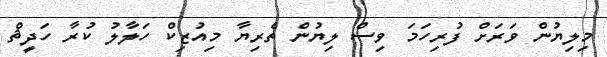
މިލިޔުން ވަރަށް ފުރިހަމަ ވިސް ލިޔުން ތެރިޔާ މިއުޒިކް ހަލާލު ކުރާ ހަދީޘް